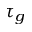
\tau _ { g }